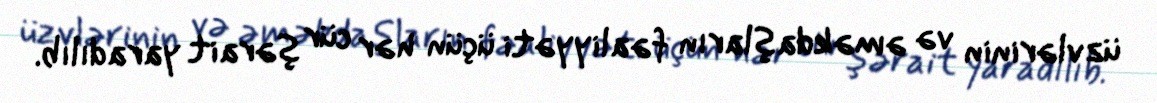
üzvlərinin və əməkdaşların fəaliyyəti üçün hər cür şərait yaradılıb.